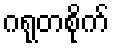
ဂရုတစိုက်